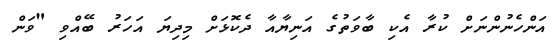
އަންހެނުންނަށް ކުރާ އެކި ބާވަތުގެ އަނިޔާއާ ދެކޮޅަށް މިދިޔަ އަހަރު ބޭއްވި "ވަން